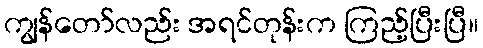
ကျွန်တော်လည်း အရင်တုန်းက ကြည့်ပြီးပြီ။